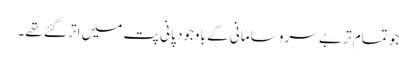
جو تمام تر بے سرو سامانی کے باوجود پانی پت میں اتر گئے تھے۔